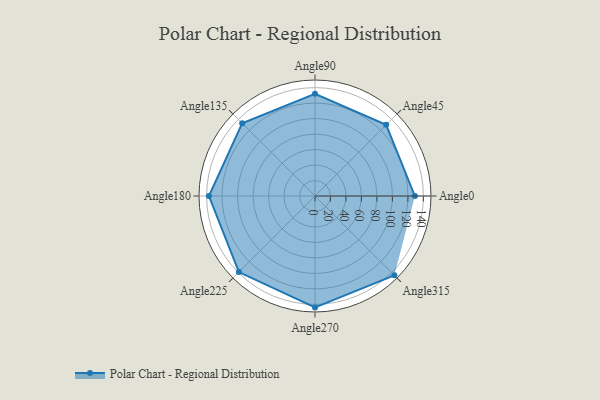
{"axis": {"x": "Angle", "y": "Radius"}, "legend": [""], "data": [{"x": "Angle0", "y": 129.0, "type": ""}, {"x": "Angle45", "y": 130.0, "type": ""}, {"x": "Angle90", "y": 132.0, "type": ""}, {"x": "Angle135", "y": 133.0, "type": ""}, {"x": "Angle180", "y": 137.0, "type": ""}, {"x": "Angle225", "y": 139.0, "type": ""}, {"x": "Angle270", "y": 144.0, "type": ""}, {"x": "Angle315", "y": 145.0, "type": ""}]}